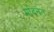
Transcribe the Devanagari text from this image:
मदिनेत